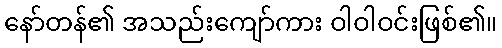
နော်တန်၏ အသည်းကျော်ကား ဝါဝါဝင်းဖြစ်၏။